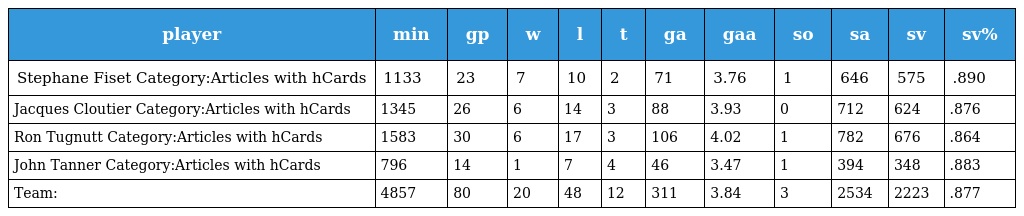
| player | min | gp | w | l | t | ga | gaa | so | sa | sv | sv% |
 | --- | --- | --- | --- | --- | --- | --- | --- | --- | --- | --- | --- |
 | Stephane Fiset Category:Articles with hCards | 1133 | 23 | 7 | 10 | 2 | 71 | 3.76 | 1 | 646 | 575 | .890 |
 | Jacques Cloutier Category:Articles with hCards | 1345 | 26 | 6 | 14 | 3 | 88 | 3.93 | 0 | 712 | 624 | .876 |
 | Ron Tugnutt Category:Articles with hCards | 1583 | 30 | 6 | 17 | 3 | 106 | 4.02 | 1 | 782 | 676 | .864 |
 | John Tanner Category:Articles with hCards | 796 | 14 | 1 | 7 | 4 | 46 | 3.47 | 1 | 394 | 348 | .883 |
 | Team: | 4857 | 80 | 20 | 48 | 12 | 311 | 3.84 | 3 | 2534 | 2223 | .877 |